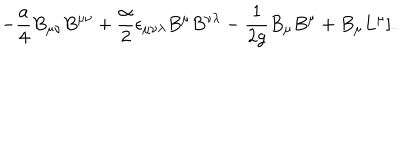
- { \frac { a } { 4 } } B _ { \mu \nu } B ^ { \mu \nu } + { \frac { \alpha } { 2 } } \epsilon _ { \mu \nu \lambda } B ^ { \mu } B ^ { \nu \lambda } - { \frac { 1 } { 2 g } } B _ { \mu } B ^ { \mu } + B _ { \mu } L ^ { \mu } ] .